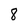
Character: 8